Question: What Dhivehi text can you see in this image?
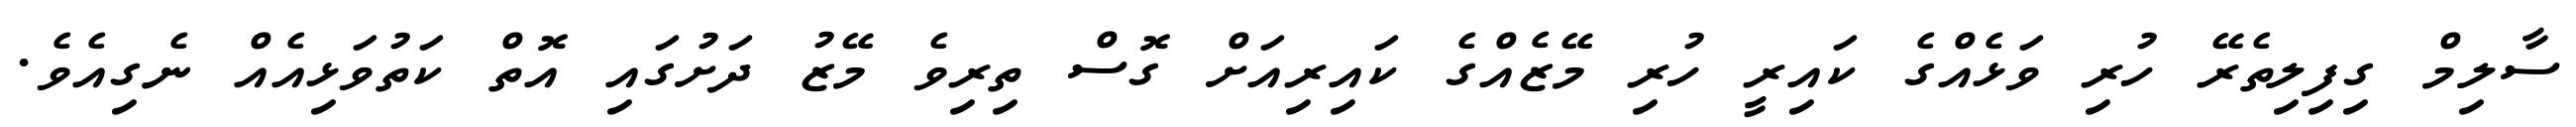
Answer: ސާލިމް ގިފިލިތެރޭ ހުރި ވަޅެއްގެ ކައިރީ ހުރި މޭޒެއްގެ ކައިރިއަށް ގޮސް ތިރިވެ މޭޒު ދަށުގައި އޮތް ކަތުވަޅިއެއް ނެގިއެވެ.